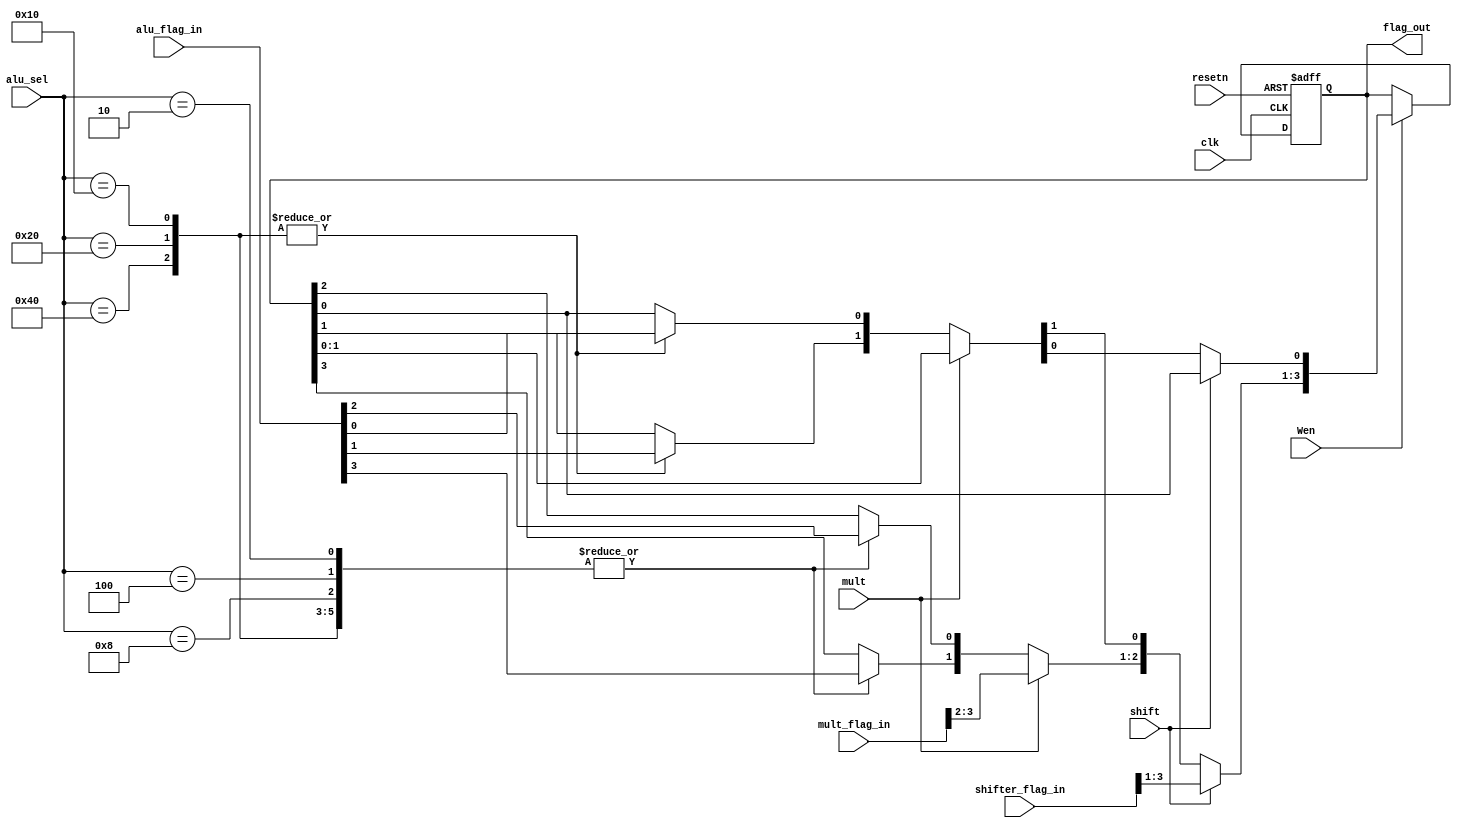
module PSR (
  input       clk,
  input       resetn,
  input [3:0] alu_flag_in,
  input [6:0] alu_sel,
  input [3:0] shifter_flag_in,
  input       shift,
  input [3:0] mult_flag_in,
  input       mult,
  input       Wen,

  output reg [3:0] flag_out
);

  localparam  ADD = 7'b1000000,
              SUB = 7'b0100000,
              CMP = 7'b0010000,
              AND = 7'b0001000,
              ORR = 7'b0000100,
              EOR = 7'b0000010,
              MOV = 7'b0000001;

  wire [3:0] curr_flag;
  reg  [3:0] next_flag;

  assign curr_flag = flag_out;

  always@(posedge clk, negedge resetn)
    begin
      if(resetn == 1'b0)
        begin
          flag_out <= 4'b0000;
        end
      else
        begin
          if(Wen == 1'b1)
            begin
              flag_out <= next_flag;
            end
        end
    end


  always@(*)
    begin
      if(shift == 1'b1)
        begin
          next_flag[3:1] = shifter_flag_in[3:1];
          next_flag[0]   = curr_flag[0];
        end
      else if (mult == 1'b1)
        begin
          next_flag[3:2] = mult_flag_in[3:2];
          next_flag[1:0] = curr_flag[1:0];          
        end
      else
        begin
          //$display("PSR, alu_sel(%h), alu_flag_in(%b)",  alu_sel, alu_flag_in);
          case(alu_sel)
            ADD :
              begin
                next_flag = alu_flag_in;
              end
            SUB :
              begin
                next_flag = alu_flag_in;
              end
            CMP :
              begin
                next_flag = alu_flag_in;
              end
            AND :
              begin
                // Update only n, z-flag.
                next_flag[3] = alu_flag_in[3];      // z-flag
                next_flag[2] = alu_flag_in[2];      // n-flag
                next_flag[1] = curr_flag[1];        // c-flag
                next_flag[0] = curr_flag[0];        // v-flag
              end
            ORR :
              begin
                // Update only z, n-flag.
                next_flag[3] = alu_flag_in[3];      // z-flag
                next_flag[2] = alu_flag_in[2];      // n-flag
                next_flag[1] = curr_flag[1];        // c-flag
                next_flag[0] = curr_flag[0];        // v-flag
              end
            EOR :
              begin
                // Update only z, n-flag.
                next_flag[3] = alu_flag_in[3];      // z-flag
                next_flag[2] = alu_flag_in[2];      // n-flag
                next_flag[1] = curr_flag[1];        // c-flag
                next_flag[0] = curr_flag[0];        // v-flag
              end
            MOV :
              begin
                next_flag = curr_flag;
              end
            default:
              begin
                next_flag = curr_flag;
              end
          endcase
        end
    end

endmodule